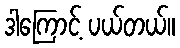
ဒါကြောင့် ပယ်တယ်။